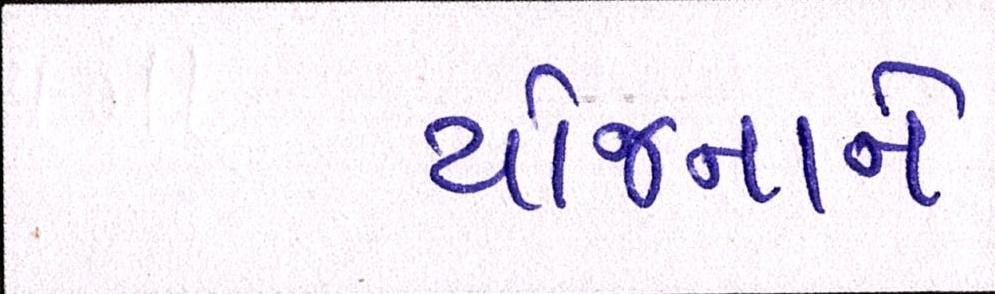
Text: યોજનાને